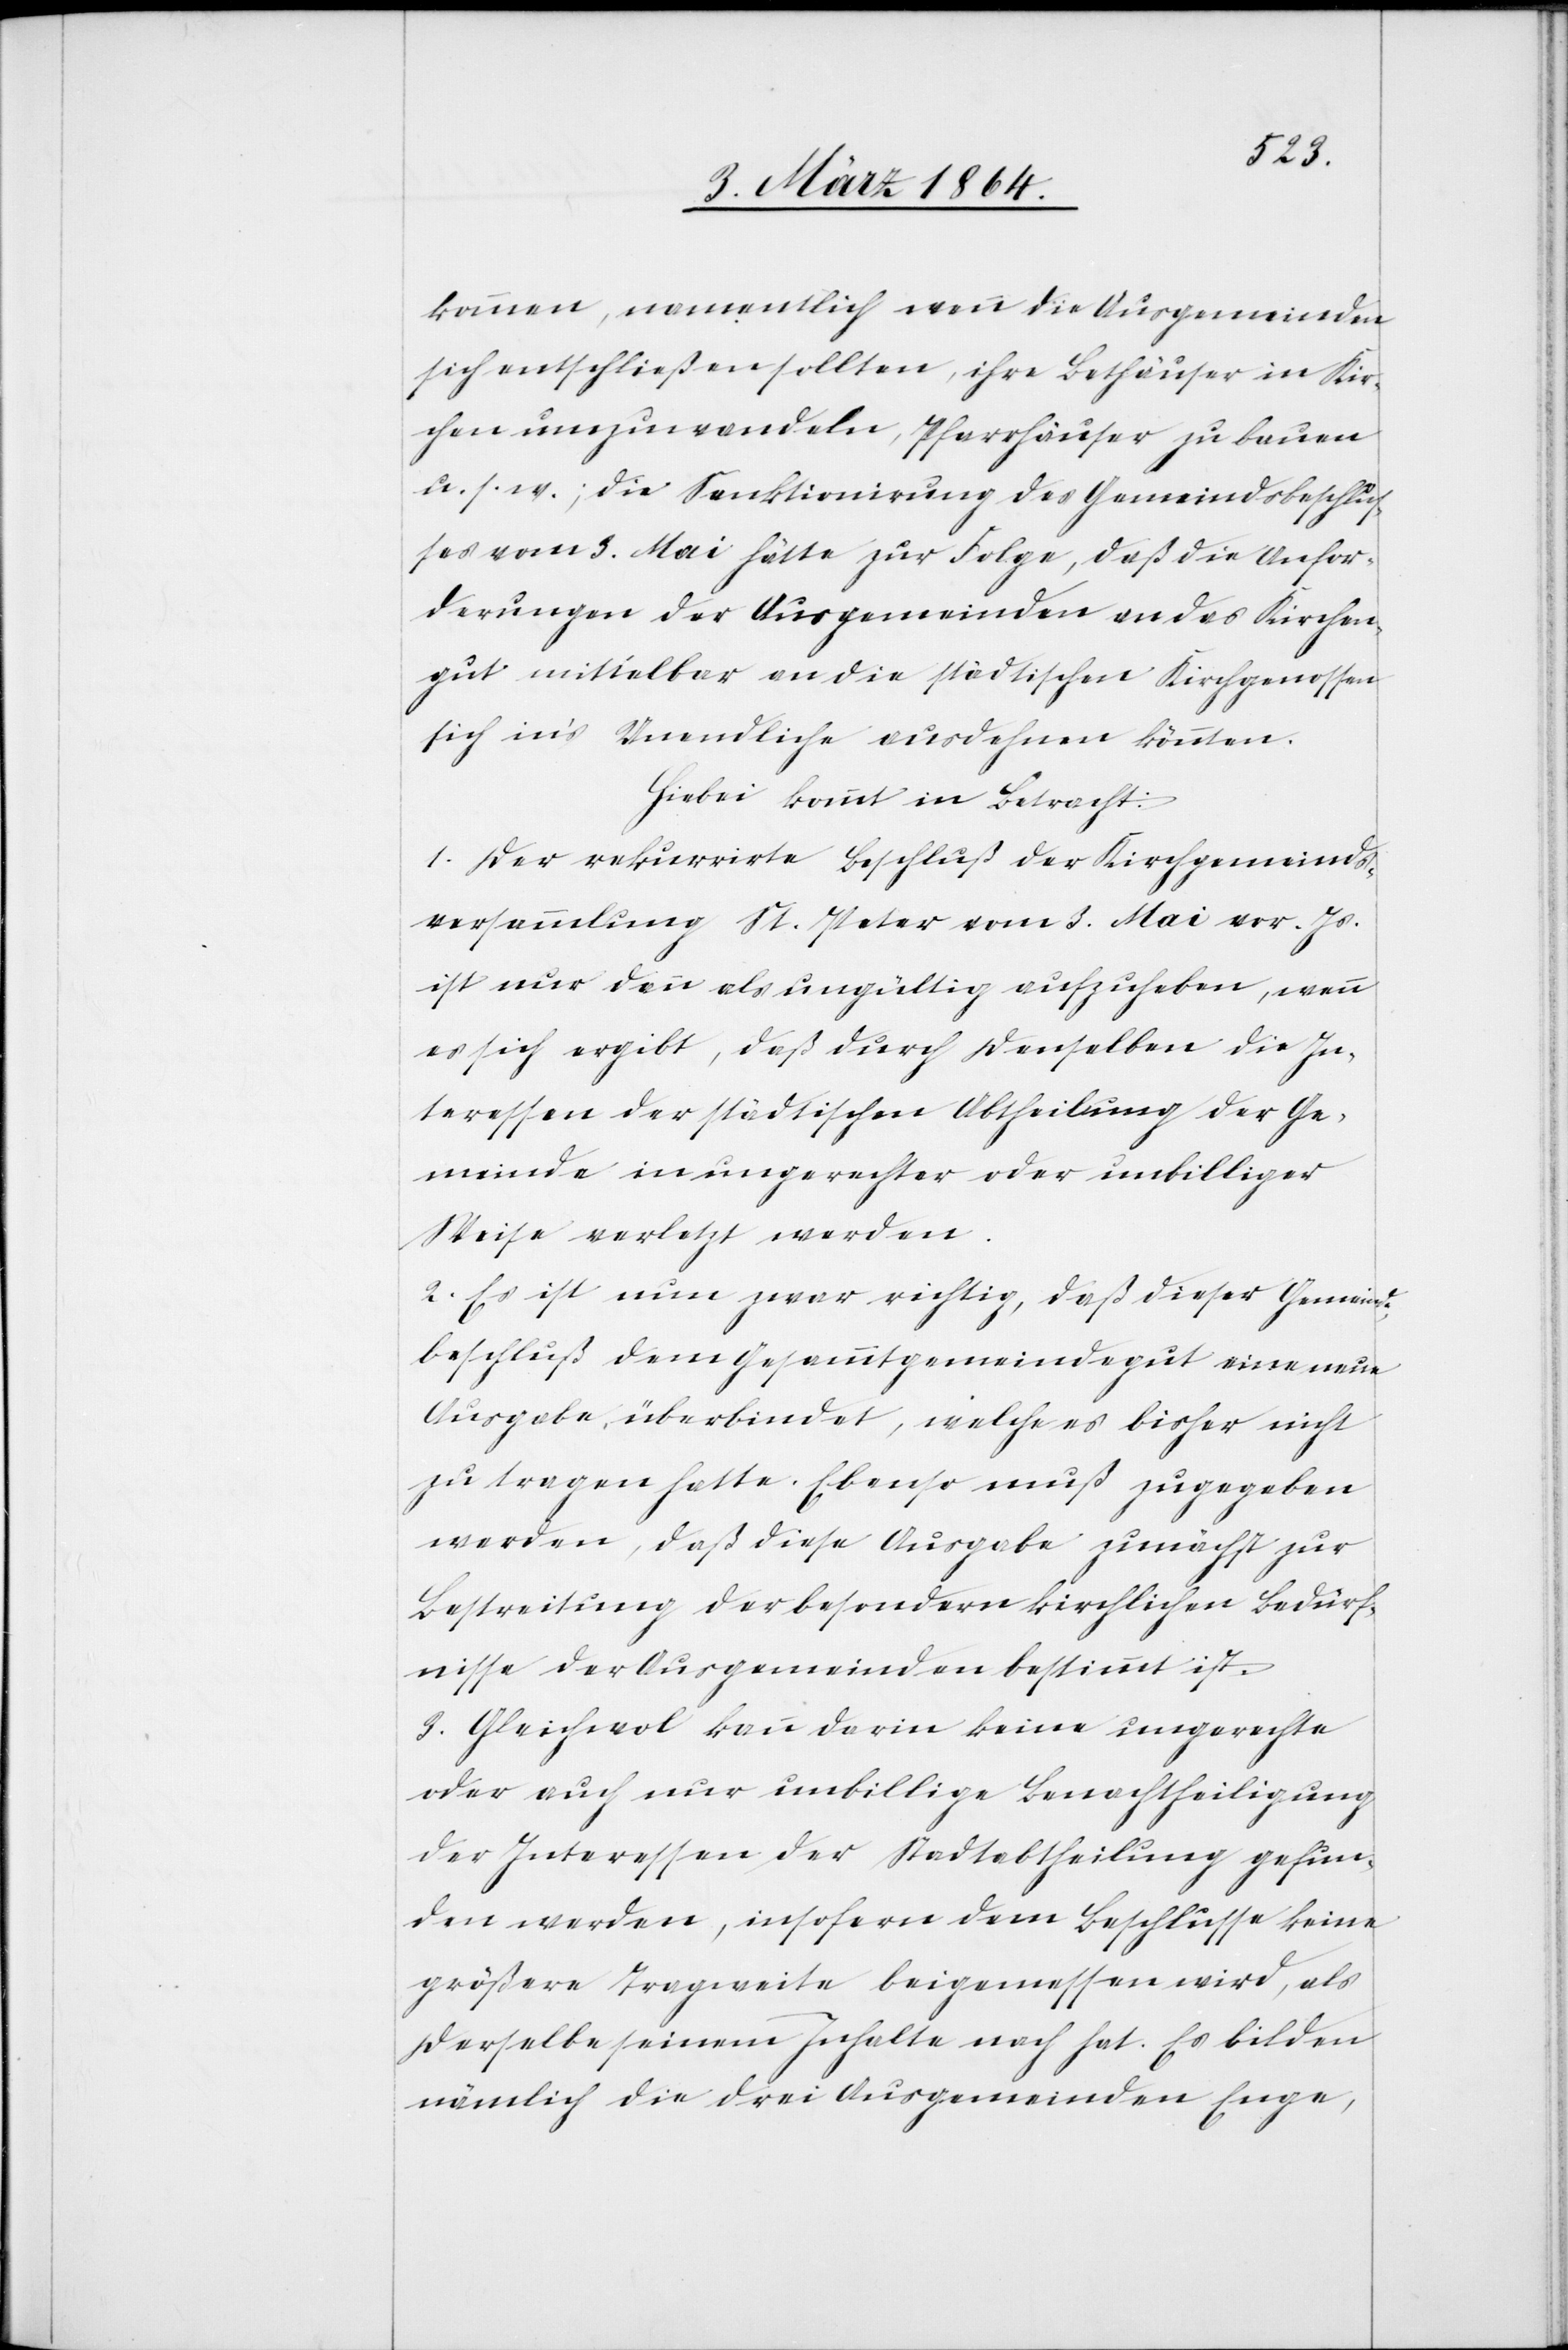
kommen, namentlich wenn die Ausgemeinden
sich entschließen sollten, ihre Bethäuser in Kir¬
chen umzuwandeln, Pfarrhäuser zu bauen
u. s. w.; die Sanktionirung des Gemeindsbeschlus¬
ses vom 2. Mai hätte zur Folge, daß die Anfor¬
derungen der Ausgemeinden an das Kirchen¬
gut mittelbar an die städtischen Kirchgenossen
sich in’s Unendliche ausdehnen könnten.
Hiebei kommt in Betracht:
1. Der rekurrirte Beschluß der Kirchgemeinds¬
versammlung St. Peter vom 2. Mai vor. Js.
ist nur dann als ungültig aufzuheben, wenn
es sich ergibt, daß durch denselben die In¬
teressen der städtischen Abtheilung der Ge¬
meinde in ungerechter oder unbilliger
Weise verletzt werden.
2. Es ist nun zwar richtig, daß dieser Gemeinde¬
beschluß dem Gesammtgemeindegut eine neue
Ausgabe überbindet, welche es bisher nicht
zu tragen hatte. Ebenso muß zugegeben
werden, daß diese Ausgabe zunächst zur
Bestreitung der besondern kirchlichen Bedürf¬
nisse der Ausgemeinden bestimmt ist.
3. Gleichwol kann darin keine ungerechte
oder auch nur unbillige Benachtheiligung
der Interessen der Stadtabtheilung gefun¬
den werden, insofern dem Beschlusse keine
größere Tragweite beigemessen wird, als
derselbe seinem Inhalte nach hat. Es bilden
nämlich die drei Ausgemeinden Enge,